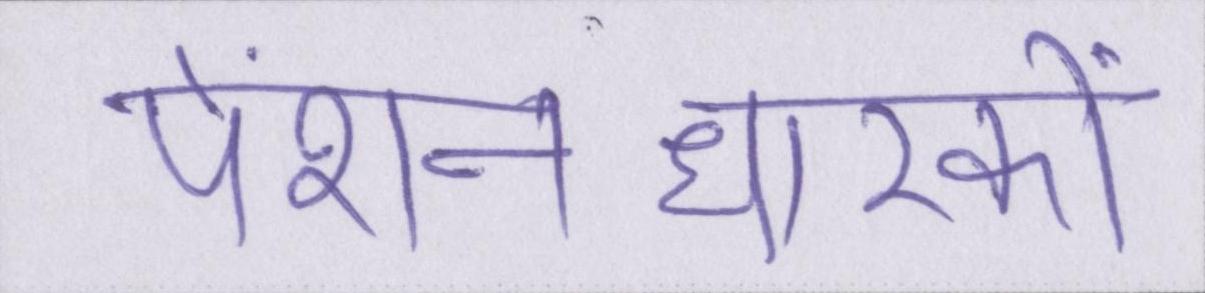
पेंशनधारकों